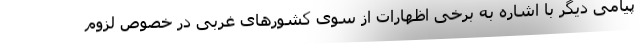
پیامی دیگر با اشاره به برخی اظهارات از سوی کشورهای غربی در خصوص لزوم